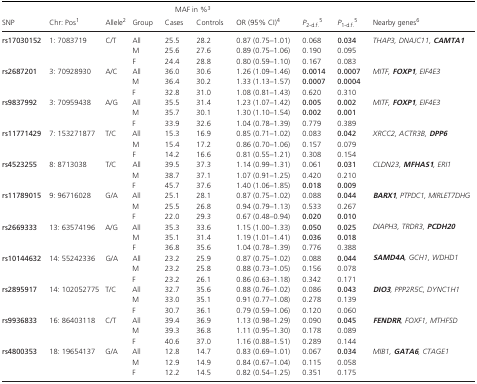
<table><thead><tr><td colspan="10"><b>MAF in %3</b></td><td></td><td></td><td></td><td></td></tr><tr><td><b>SNP</b></td><td><b>Chr: Pos1</b></td><td><b>Allele2</b></td><td><b>Group</b></td><td><b>Cases</b></td><td><b>Controls</b></td><td><b>OR (95% CI)4</b></td><td><b><i>P</i><sub>2-d.f.</sub>5</b></td><td><b><i>P</i><sub>1-d.f.</sub>5</b></td><td><b>Nearby genes6</b></td></tr></thead><tbody><tr><td rowspan="3"><b>rs17030152</b></td><td rowspan="3">1: 7083719</td><td rowspan="3">C/T</td><td>All</td><td>25.5</td><td>28.2</td><td>0.87 (0.75–1.01)</td><td>0.068</td><td><b>0.034</b></td><td rowspan="3"><i>THAP3, DNAJC11, <b>CAMTA1</b></i></td></tr><tr><td>M</td><td>25.6</td><td>27.6</td><td>0.89 (0.75–1.06)</td><td>0.190</td><td>0.095</td></tr><tr><td>F</td><td>24.4</td><td>28.8</td><td>0.80 (0.59–1.10)</td><td>0.167</td><td>0.083</td></tr><tr><td rowspan="3"><b>rs2687201</b></td><td rowspan="3">3: 70928930</td><td rowspan="3">A/C</td><td>All</td><td>36.0</td><td>30.6</td><td>1.26 (1.09–1.46)</td><td><b>0.0014</b></td><td><b>0.0007</b></td><td rowspan="3"><i>MITF, <b>FOXP1</b>, EIF4E3</i></td></tr><tr><td>M</td><td>36.4</td><td>30.2</td><td>1.33 (1.13–1.57)</td><td><b>0.0007</b></td><td><b>0.0004</b></td></tr><tr><td>F</td><td>32.8</td><td>31.0</td><td>1.08 (0.81–1.43)</td><td>0.620</td><td>0.310</td></tr><tr><td rowspan="3"><b>rs9837992</b></td><td rowspan="3">3: 70959438</td><td rowspan="3">A/G</td><td>All</td><td>35.5</td><td>31.4</td><td>1.23 (1.07–1.42)</td><td><b>0.005</b></td><td><b>0.002</b></td><td rowspan="3"><i>MITF, <b>FOXP1</b>, EIF4E3</i></td></tr><tr><td>M</td><td>35.7</td><td>30.1</td><td>1.30 (1.10–1.54)</td><td><b>0.002</b></td><td><b>0.001</b></td></tr><tr><td>F</td><td>33.9</td><td>32.6</td><td>1.04 (0.78–1.39)</td><td>0.779</td><td>0.389</td></tr><tr><td rowspan="3"><b>rs11771429</b></td><td rowspan="3">7: 153271877</td><td rowspan="3">T/C</td><td>All</td><td>15.3</td><td>16.9</td><td>0.85 (0.71–1.02)</td><td>0.083</td><td><b>0.042</b></td><td rowspan="3"><i>XRCC2, ACTR3B, <b>DPP6</b></i></td></tr><tr><td>M</td><td>15.4</td><td>17.2</td><td>0.86 (0.70–1.06)</td><td>0.157</td><td>0.079</td></tr><tr><td>F</td><td>14.2</td><td>16.6</td><td>0.81 (0.55–1.21)</td><td>0.308</td><td>0.154</td></tr><tr><td rowspan="3"><b>rs4523255</b></td><td rowspan="3">8: 8713038</td><td rowspan="3">T/C</td><td>All</td><td>39.5</td><td>37.3</td><td>1.14 (0.99–1.31)</td><td>0.061</td><td><b>0.031</b></td><td rowspan="3"><i>CLDN23, <b>MFHAS1</b>, ERI1</i></td></tr><tr><td>M</td><td>38.7</td><td>37.1</td><td>1.07 (0.91–1.25)</td><td>0.420</td><td>0.210</td></tr><tr><td>F</td><td>45.7</td><td>37.6</td><td>1.40 (1.06–1.85)</td><td><b>0.018</b></td><td><b>0.009</b></td></tr><tr><td rowspan="3"><b>rs11789015</b></td><td rowspan="3">9: 96716028</td><td rowspan="3">G/A</td><td>All</td><td>25.1</td><td>28.1</td><td>0.87 (0.75–1.02)</td><td>0.088</td><td><b>0.044</b></td><td rowspan="3"><i><b>BARX1</b>, PTPDC1, MIRLET7DHG</i></td></tr><tr><td>M</td><td>25.5</td><td>26.8</td><td>0.94 (0.79–1.13)</td><td>0.533</td><td>0.267</td></tr><tr><td>F</td><td>22.0</td><td>29.3</td><td>0.67 (0.48–0.94)</td><td><b>0.020</b></td><td><b>0.010</b></td></tr><tr><td rowspan="3"><b>rs2669333</b></td><td rowspan="3">13: 63574196</td><td rowspan="3">A/G</td><td>All</td><td>35.3</td><td>33.6</td><td>1.15 (1.00–1.33)</td><td><b>0.050</b></td><td><b>0.025</b></td><td rowspan="3"><i>DIAPH3, TRDR3, <b>PCDH20</b></i></td></tr><tr><td>M</td><td>35.1</td><td>31.4</td><td>1.19 (1.01–1.41)</td><td><b>0.036</b></td><td><b>0.018</b></td></tr><tr><td>F</td><td>36.8</td><td>35.6</td><td>1.04 (0.78–1.39)</td><td>0.776</td><td>0.388</td></tr><tr><td rowspan="3"><b>rs10144632</b></td><td rowspan="3">14: 55242336</td><td rowspan="3">G/A</td><td>All</td><td>23.2</td><td>25.9</td><td>0.87 (0.75–1.02)</td><td>0.088</td><td><b>0.044</b></td><td rowspan="3"><i><b>SAMD4A</b>, GCH1, WDHD1</i></td></tr><tr><td>M</td><td>23.2</td><td>25.8</td><td>0.88 (0.73–1.05)</td><td>0.156</td><td>0.078</td></tr><tr><td>F</td><td>23.2</td><td>26.1</td><td>0.86 (0.63–1.18)</td><td>0.342</td><td>0.171</td></tr><tr><td rowspan="3"><b>rs2895917</b></td><td rowspan="3">14: 102052775</td><td rowspan="3">T/C</td><td>All</td><td>32.7</td><td>35.6</td><td>0.88 (0.76–1.02)</td><td>0.086</td><td><b>0.043</b></td><td rowspan="3"><i><b>DIO3</b>, PPP2R5C, DYNC1H1</i></td></tr><tr><td>M</td><td>33.0</td><td>35.1</td><td>0.91 (0.77–1.08)</td><td>0.278</td><td>0.139</td></tr><tr><td>F</td><td>30.7</td><td>36.1</td><td>0.79 (0.59–1.06)</td><td>0.120</td><td>0.060</td></tr><tr><td rowspan="3"><b>rs9936833</b></td><td rowspan="3">16: 86403118</td><td rowspan="3">C/T</td><td>All</td><td>39.4</td><td>36.9</td><td>1.13 (0.98–1.29)</td><td>0.090</td><td><b>0.045</b></td><td rowspan="3"><i><b>FENDRR</b>, FOXF1, MTHFSD</i></td></tr><tr><td>M</td><td>39.3</td><td>36.8</td><td>1.11 (0.95–1.30)</td><td>0.178</td><td>0.089</td></tr><tr><td>F</td><td>40.6</td><td>37.0</td><td>1.16 (0.88–1.51)</td><td>0.289</td><td>0.144</td></tr><tr><td rowspan="3"><b>rs4800353</b></td><td rowspan="3">18: 19654137</td><td rowspan="3">G/A</td><td>All</td><td>12.8</td><td>14.7</td><td>0.83 (0.69–1.01)</td><td>0.067</td><td><b>0.034</b></td><td rowspan="3"><i>MIB1, <b>GATA6</b>, CTAGE1</i></td></tr><tr><td>M</td><td>12.9</td><td>14.9</td><td>0.84 (0.67–1.04)</td><td>0.115</td><td>0.058</td></tr><tr><td>F</td><td>12.2</td><td>14.5</td><td>0.82 (0.54–1.25)</td><td>0.351</td><td>0.175</td></tr></tbody></table>